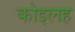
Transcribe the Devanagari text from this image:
कोइलह